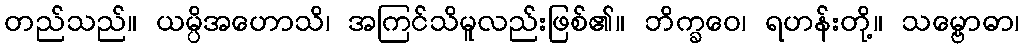
တည်သည်။ ယမ္ပိအဟောသိ၊ အကြင်သိမူလည်းဖြစ်၏။ ဘိက္ခဝေ၊ ရဟန်းတို့။ သမ္ဗောဓာ၊